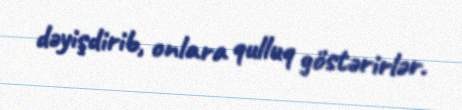
dəyişdirib, onlara qulluq göstərirlər.